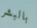
بالبشر